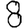
Digit: 8